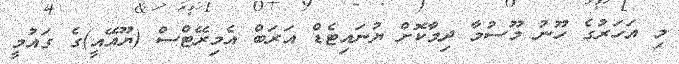
މި އަހަރުގެ ހޫނު މޫސުމާ ދިމާކޮށް ޔުނައިޓެޑް އަރަބް އެމިރޭޓްސް (ޔޫއޭއީ)ގެ ގައުމީ